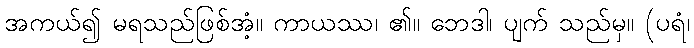
အကယ်၍ မရသည်ဖြစ်အံ့။ ကာယဿ၊ ၏။ ဘေဒါ၊ ပျက် သည်မှ။ (ပရံ၊